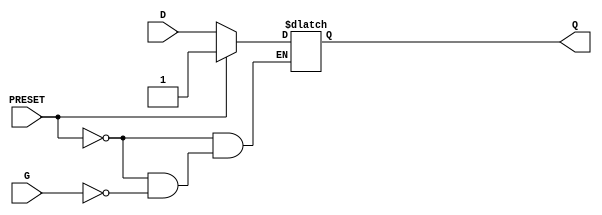
`ifdef verilator3
`else
`timescale 1 ps / 1 ps
`endif
//
// DLP primitive for Gowin FPGAs
// Compatible with Verilator tool (www.veripool.org)
// Copyright (c) 2022 Frdric REQUIN
// License : BSD
//

module DLP
#(
    parameter INIT = 1'b1
)
(
    input  PRESET,
    input  G,
    input  D,
    output Q
);

    reg _l_Q;

    initial begin
        _l_Q = INIT;
    end

    always @(PRESET or G or D) begin
    
        if (PRESET) begin
	        _l_Q = 1'b1;
        end
        else if (G) begin
	        _l_Q = D;
        end
    end

    assign Q = _l_Q;

endmodule